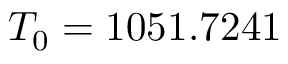
T _ { 0 } = 1 0 5 1 . 7 2 4 1